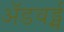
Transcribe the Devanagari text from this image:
ॲडवर्ड्स